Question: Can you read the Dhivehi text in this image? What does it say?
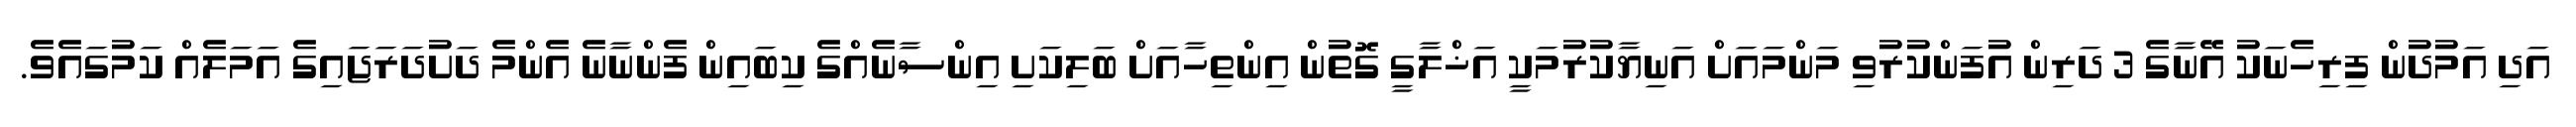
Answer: އަދި އަމުދުން ފިރިހެނަކު އޭނާގެ 3 ދަރިން އުފަންކުރުވި މަންމައަށް އަނިޔާކުރުމަކީ އަޚްލާގީ ގޮތުން އިންތިހާއަށް ބަލިކަށި އިންސާނެއްގެ ކިބައިން ފެންނާނެ އެންމެ ދަށުދަރަޖައިގެ އަމަލެއް ކަމުގައެވެ.